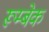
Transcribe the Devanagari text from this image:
रूम्बेक